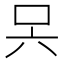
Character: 𭇊